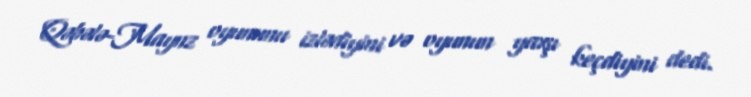
Qəbələ-Maynz oyununu izlədiyini və oyunun yaxşı keçdiyini dedi.